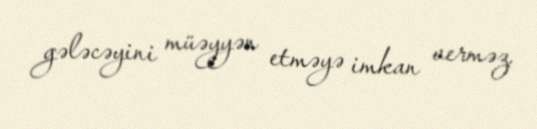
gələcəyini müəyyən etməyə imkan verməz.